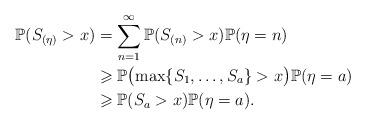
LaTeX: \begin{align*}\mathbb{P}(S_{(\eta)}>x)&=\sum\limits_{n=1}^{\infty}\mathbb{P}(S_{(n)}>x)\mathbb{P}(\eta=n)\\&\geqslant\mathbb{P}\bigl(\max\{S_1,\dots,S_a\}>x\bigr)\mathbb{P}(\eta=a)\\&\geqslant\mathbb{P}(S_a>x)\mathbb{P}(\eta=a).\end{align*}